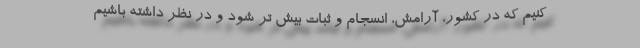
کنیم که در کشور، آرامش، انسجام و ثبات بیش تر شود و در نظر داشته باشیم